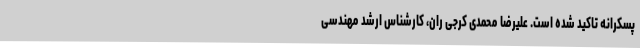
پسکرانه تاکید شده است. علیرضا محمدی کرجی ران، کارشناس ارشد مهندسی